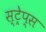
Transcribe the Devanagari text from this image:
स्ट्रेप्स